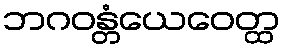
ဘဂဝန္တံယေဝေတ္ထ